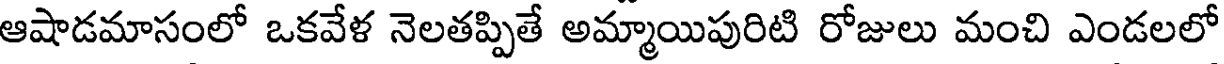
ఆషాడమాసంలో ఒకవేళ నెలతప్పితే అమ్మాయిపురిటి రోజులు మంచి ఎండలలో